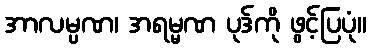
အာလမ္ပဏ၊ အရမ္မဏ ပုဒ်ကို ဖွင့်ပြပုံ။